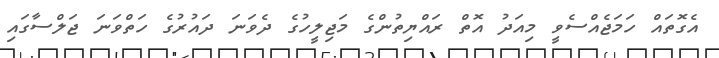
އެގޮތައް ހަމަޖެއްސެވީ މިއަދު އޮތް ރައްޔިތުންގެ މަޖިލީހުގެ ދެވަނަ ދައުރުގެ ހަތްވަނަ ޖަލްސާގައި